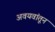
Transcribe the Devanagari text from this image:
अवयवांतून